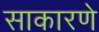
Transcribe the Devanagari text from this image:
साकारणे